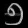
Digit: ၅